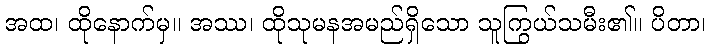
အထ၊ ထိုနောက်မှ။ အဿ၊ ထိုသုမနအမည်ရှိသော သူကြွယ်သမီး၏။ ပိတာ၊